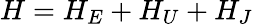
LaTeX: H=H_{E}+H_{U}+H_{J}